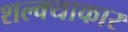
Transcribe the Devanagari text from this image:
शल्क्याकार